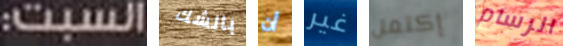
السبت: بالشك أن غير إكتمل الرسام